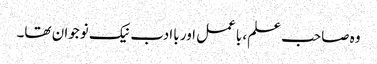
وہ صاحب علم، باعمل اور باادب نیک نوجوان تھا۔